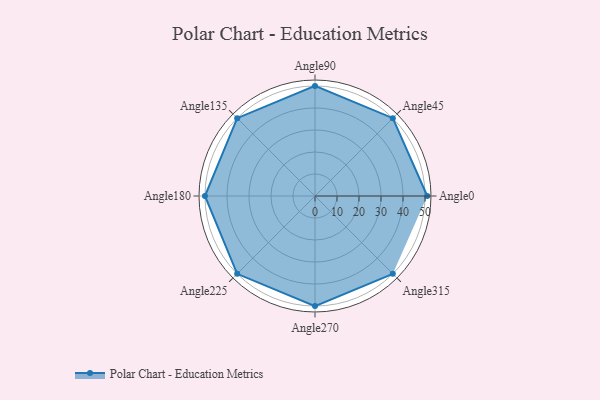
{"axis": {"x": "Angle", "y": "Radius"}, "legend": [""], "data": [{"x": "Angle0", "y": 51.0, "type": ""}, {"x": "Angle45", "y": 50, "type": ""}, {"x": "Angle90", "y": 50, "type": ""}, {"x": "Angle135", "y": 50, "type": ""}, {"x": "Angle180", "y": 50, "type": ""}, {"x": "Angle225", "y": 50, "type": ""}, {"x": "Angle270", "y": 50, "type": ""}, {"x": "Angle315", "y": 50, "type": ""}]}